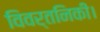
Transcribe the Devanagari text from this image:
विवर्तनिकी।